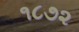
૧૮૭૨